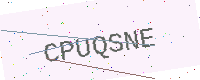
Text: CPUQSNE